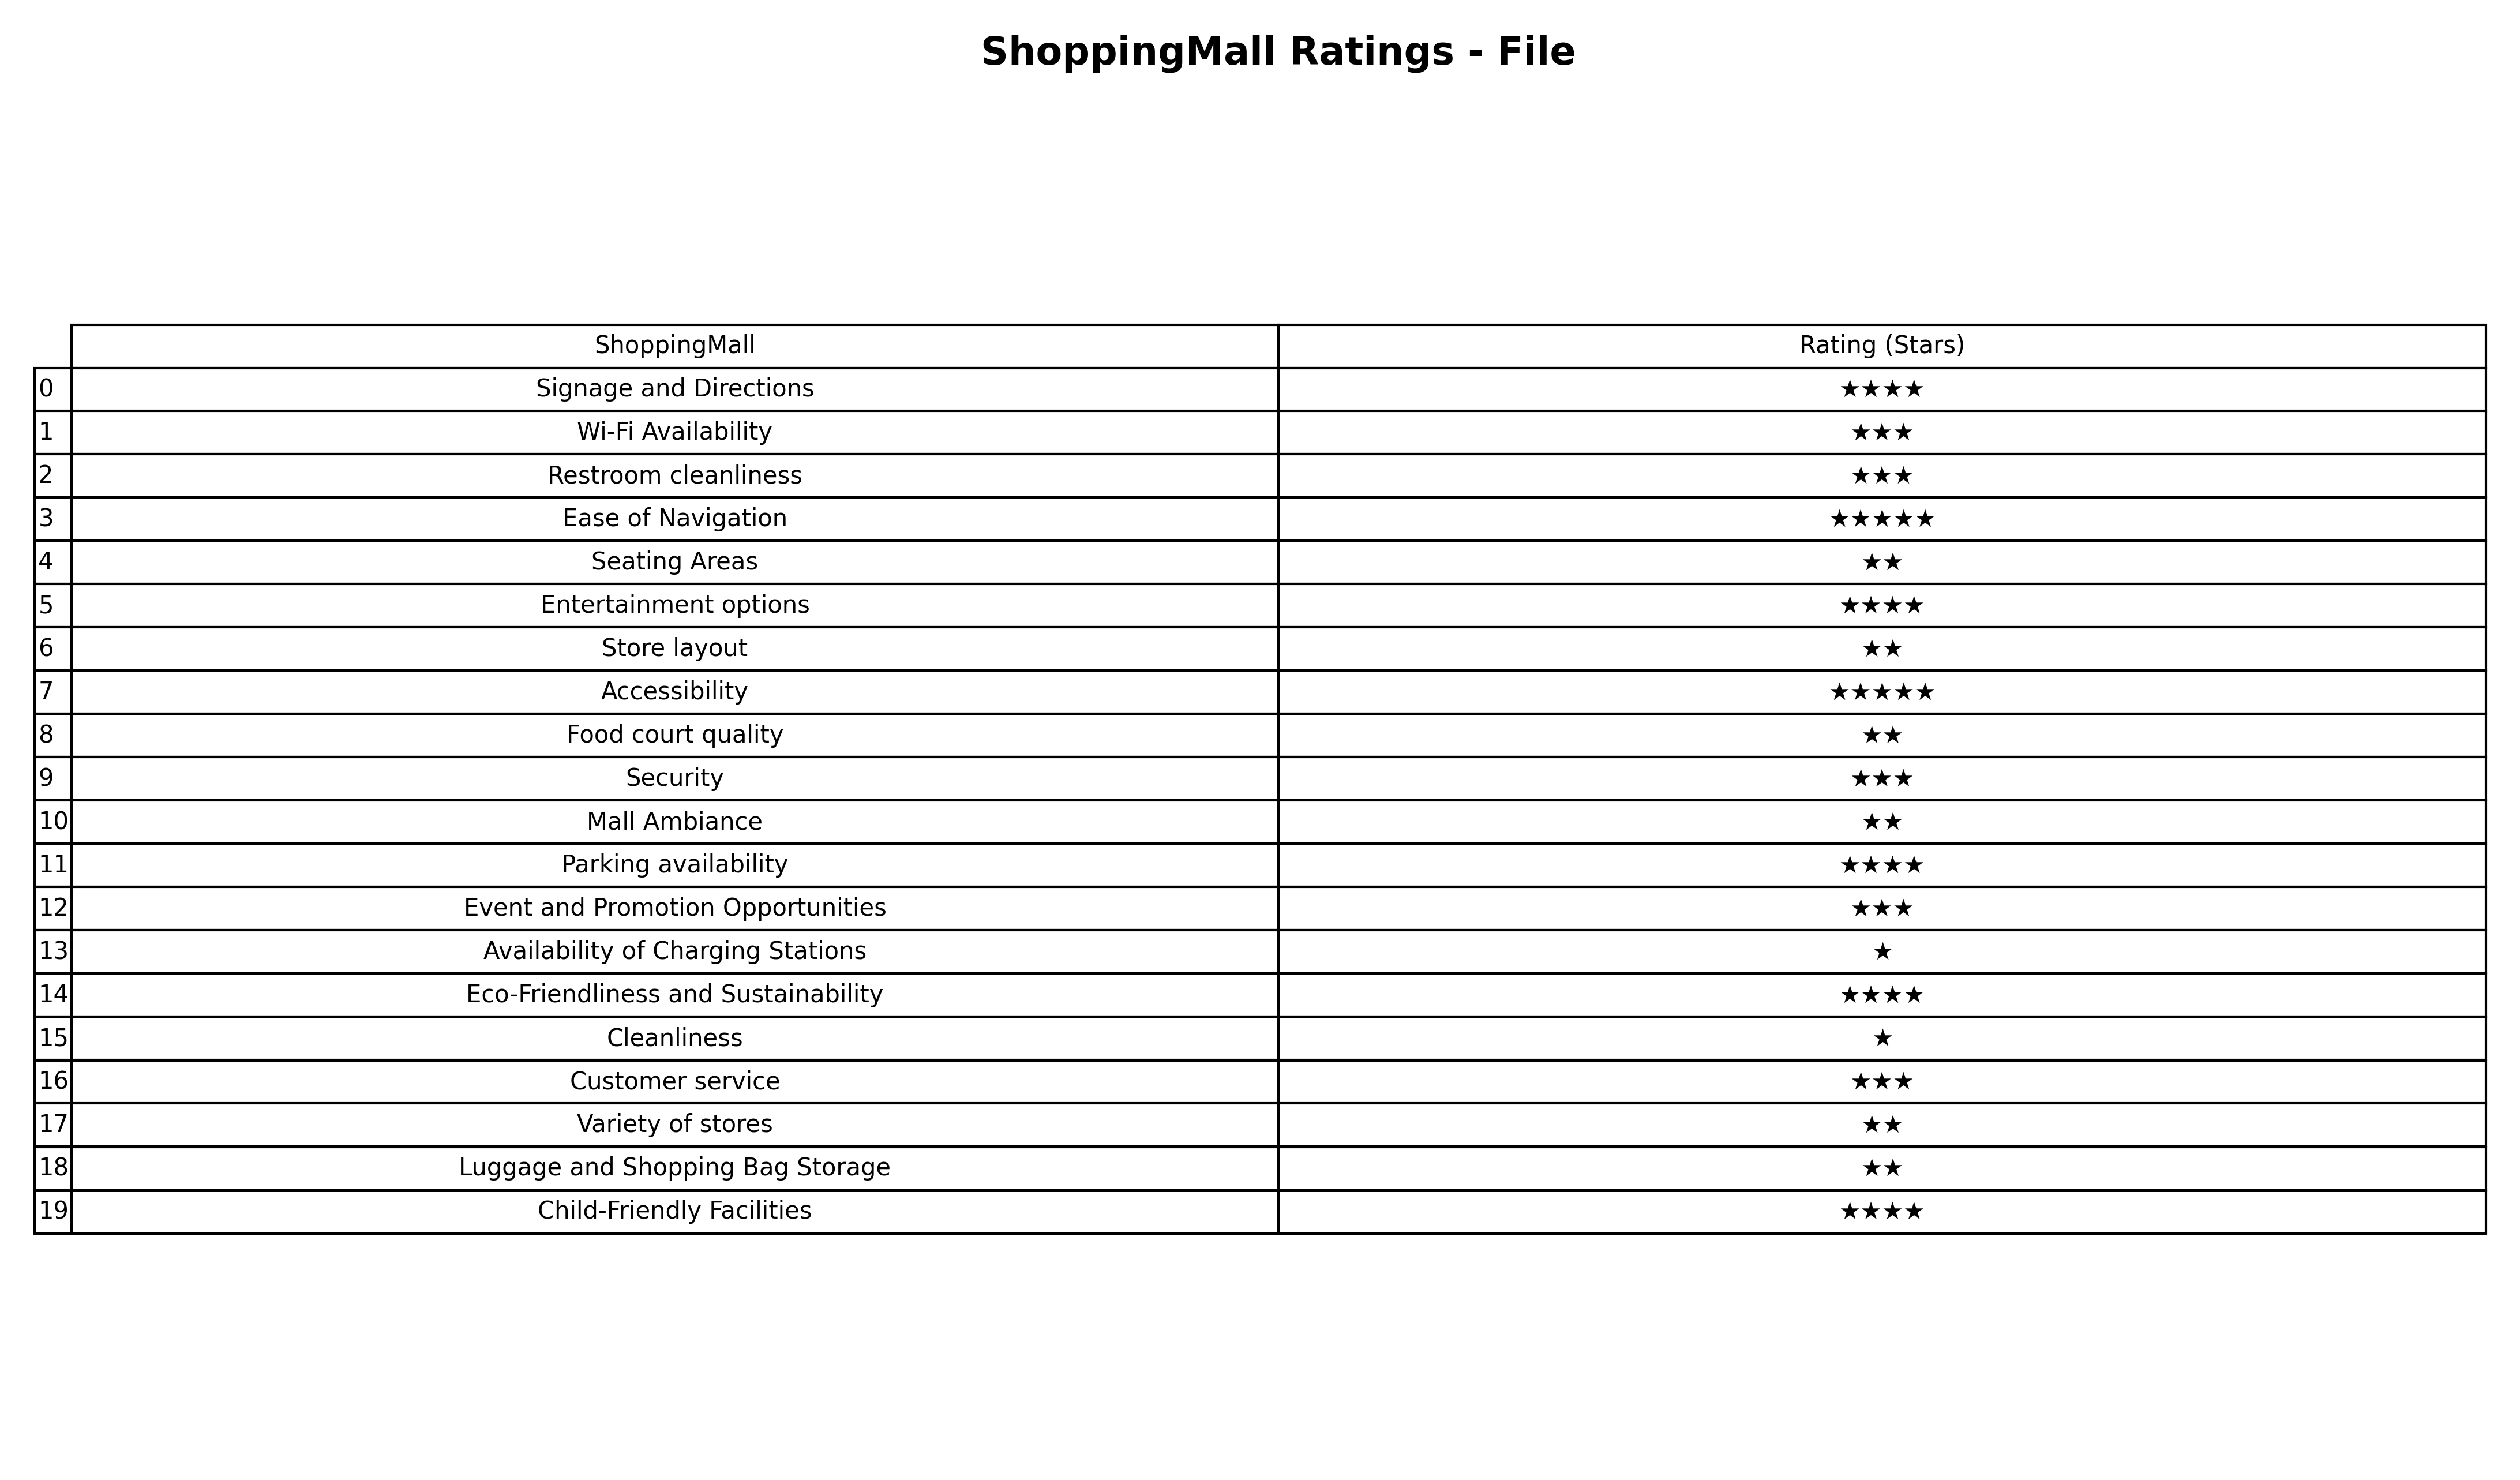
question: What is the rating of Child-Friendly Facilities?
answer: ★★★★